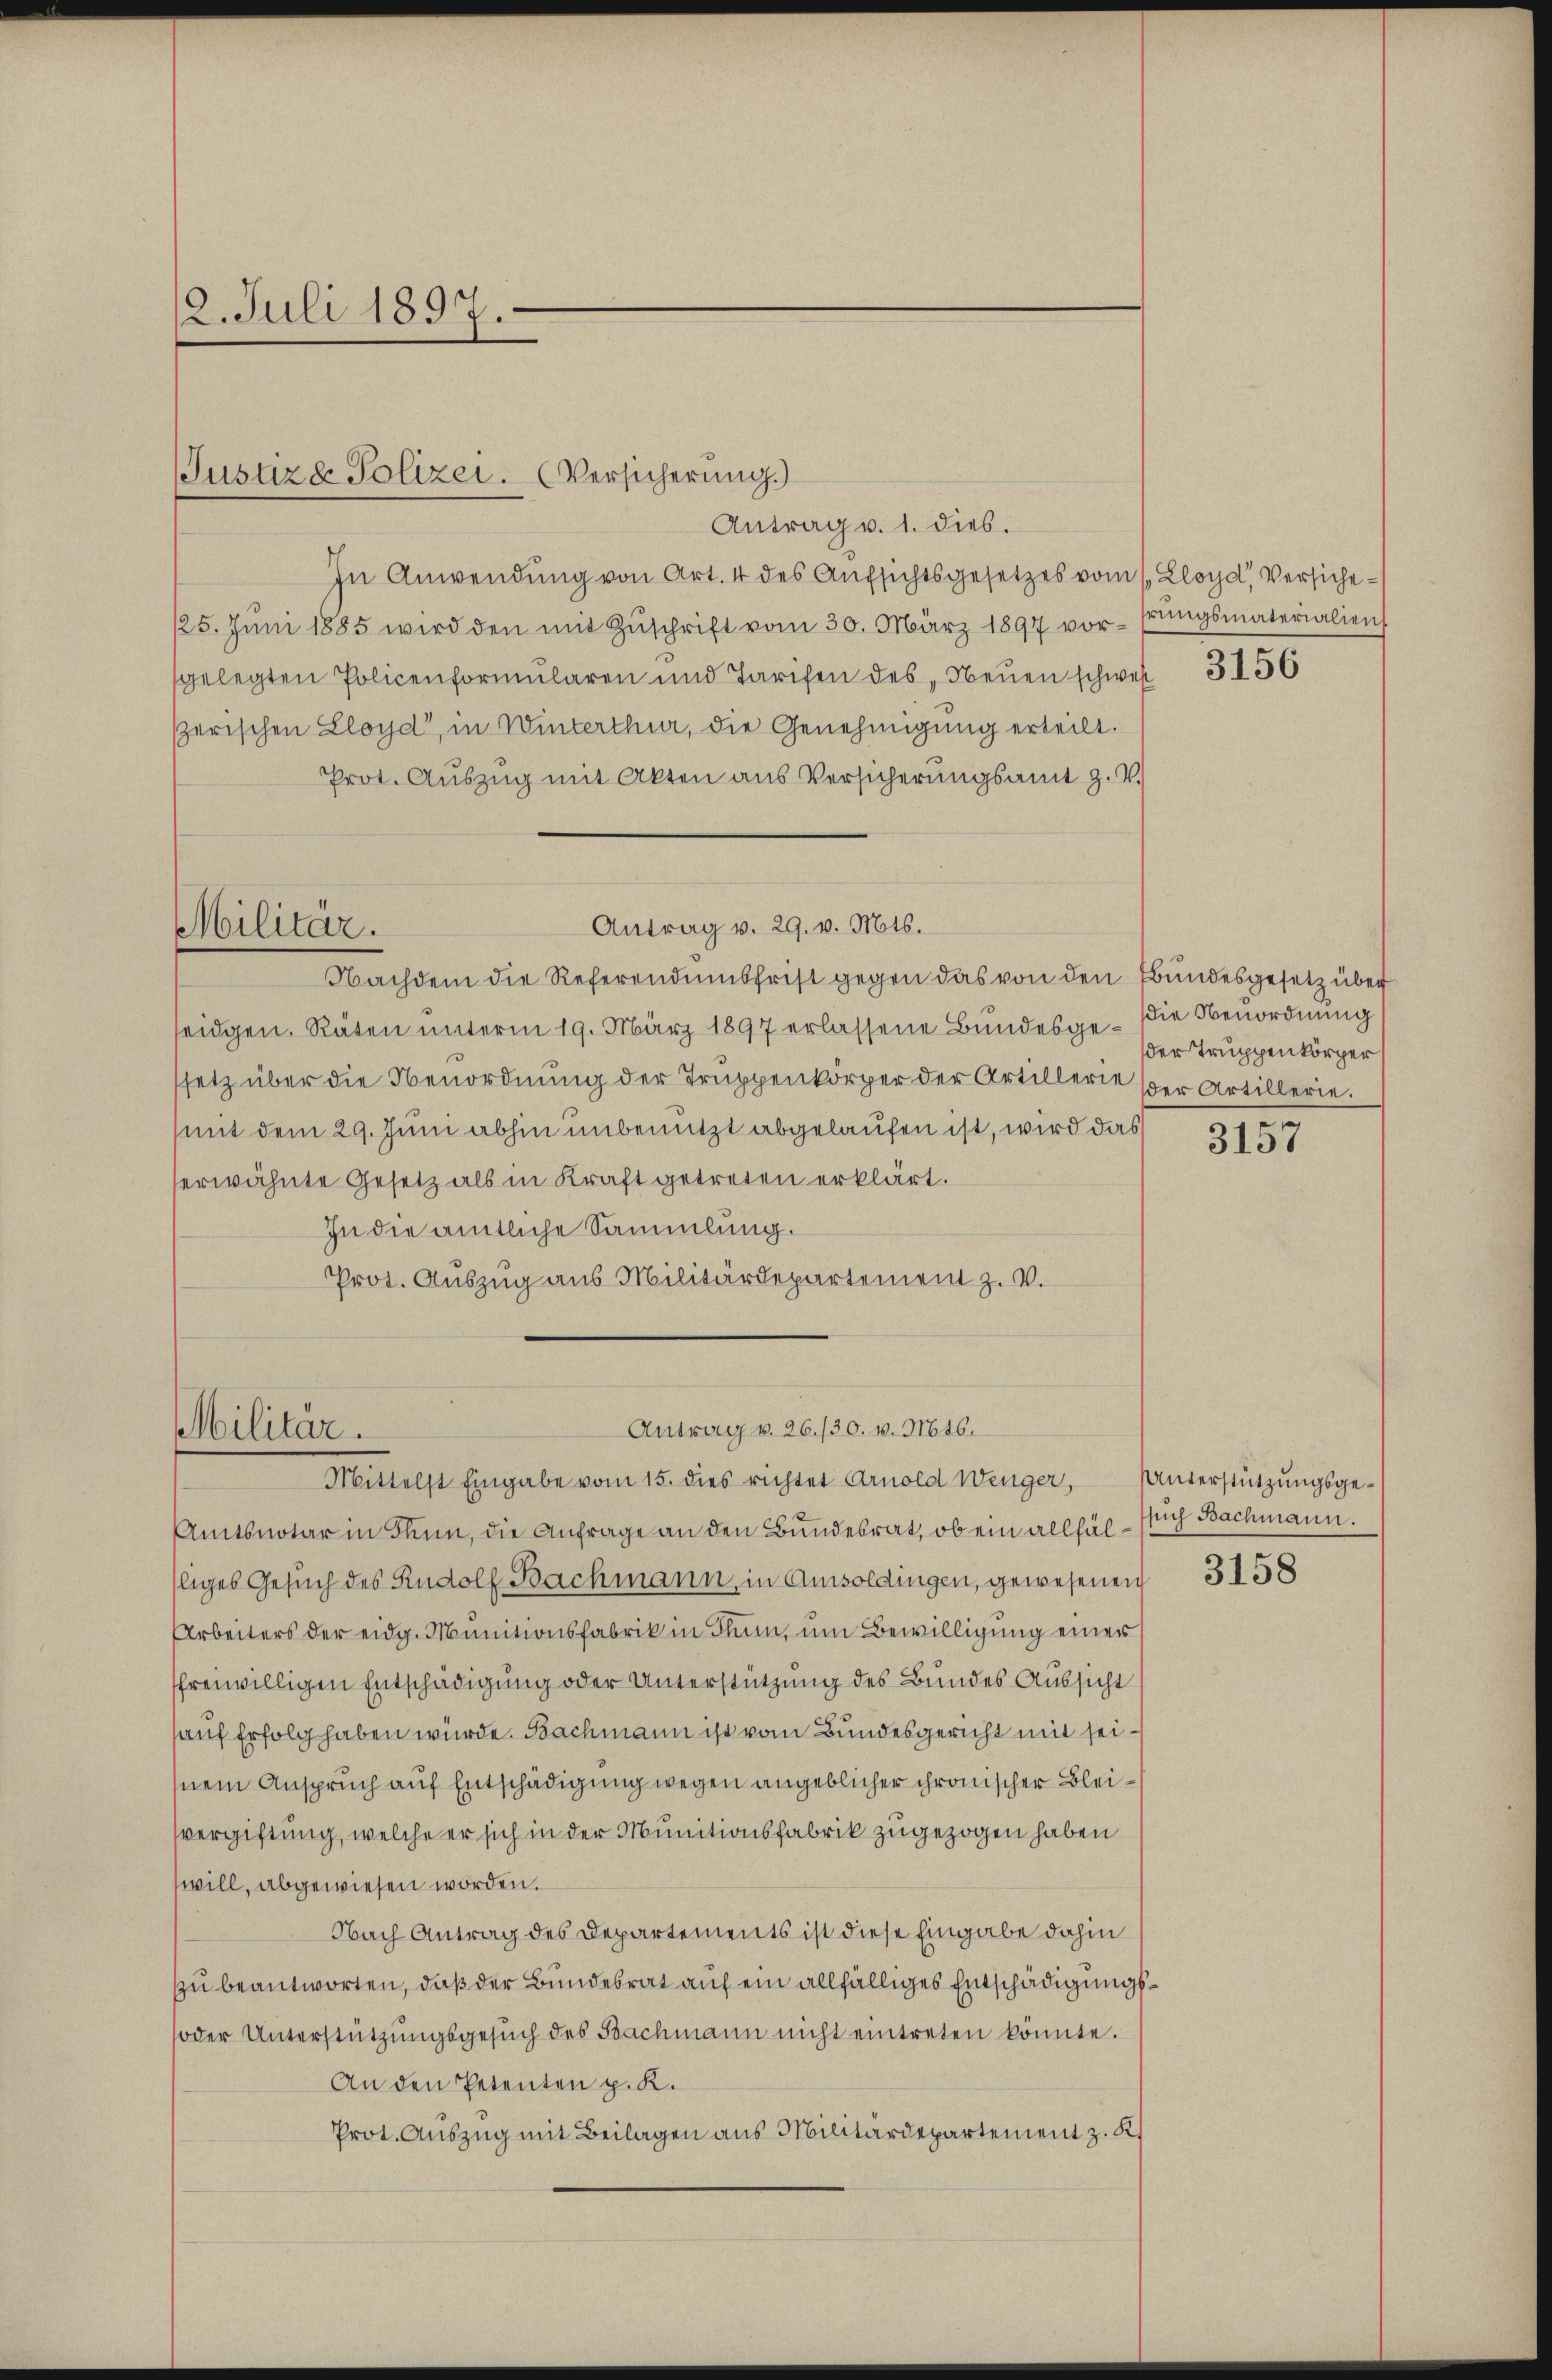
12. Juli 1897.

Justiz & Polizei. (Versicherung.)

Antrag v. 1. dies.
In Anwendung von Art. 4 des Aufsichtsgesetzes vom 1. Lloyd, Versiche¬
125. Jŭni 1885 wird den mit Zŭschrift vom 30. März 1897 vor- frŭngsmaterialien
gelegten Policenformularen und Tarifen des Neuen schwer
serischen Lloyd“, in Winterthur, die Genehmigung erteilt.
Prot. Aŭszŭg mit Akten aus Versicherŭngsamt Z. V.

seidgen. Räten unterm 19. März 1897 erlassene Bundesge- Die Nenordnung
ssetz über die Nenordnŭng der Trŭppenkörper der Artillerie der Artillerie.
mit dem 29. Juni abhin unbenutzt abgelaufen ist, wird das
erwähnte Gesetz als in Kraft getreten erklärt.
In die amtliche Sammlung.
Prot. Auszug aus Militärdepartement z. V.

Antrag v. 29. v. Mts.
Militär.
Nachdem die Referendumsfrist gegen das von den Bundesgesetz über

Antrag v. 26./30. v. Mts.
Militär.
Mittelst Eingabe vom 15. dies richtet Arnold Wenger,

Amtsnotar in Thun, die Anfrage an den Bundesrat, ob ein allfäl - sich Bachmann.
liges Gesuch des Rudolf Bachmann, in Amisoldingen, gewesenen
Arbeiters der eidg. Munitionsfabrik in Thun, um Bewilligung einer
freiwilligen Entschädigung oder Unterstützung des Bundes Aussicht
auf Erfolg haben würde. Bachmann ist vom Bundesgericht mit seinem Anspruch auf Entschädigung wegen angeblicher chronischer Bleivergiftung, welche er sich in der Munitionsfabrik zugezogen haben
will, abgewiesen worden.
Nach Antrag des Departements ist diese Eingabe dahin
zu beantworten, daß der Bundesrat auf ein allfälliges Entschädigungs¬
oder Unterstützŭngsgesŭch des Bachmann nicht eintreten könnte.
An den Petenten p. K.
Prot. Auszug mit Beilagen aus Militärdepartement z. K.

3156

der Truppenkörper

3157

Unterstützungsge¬

3158